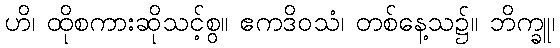
ဟိ၊ ထိုစကားဆိုသင့်စွ။ ဧကဒိဝသံ၊ တစ်နေ့သ၌။ ဘိက္ခူ၊